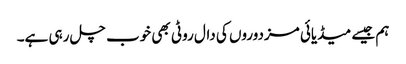
ہم جیسے میڈیائی مزدوروں کی دال روٹی بھی خوب چل رہی ہے۔